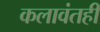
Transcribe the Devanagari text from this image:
कलावंतही